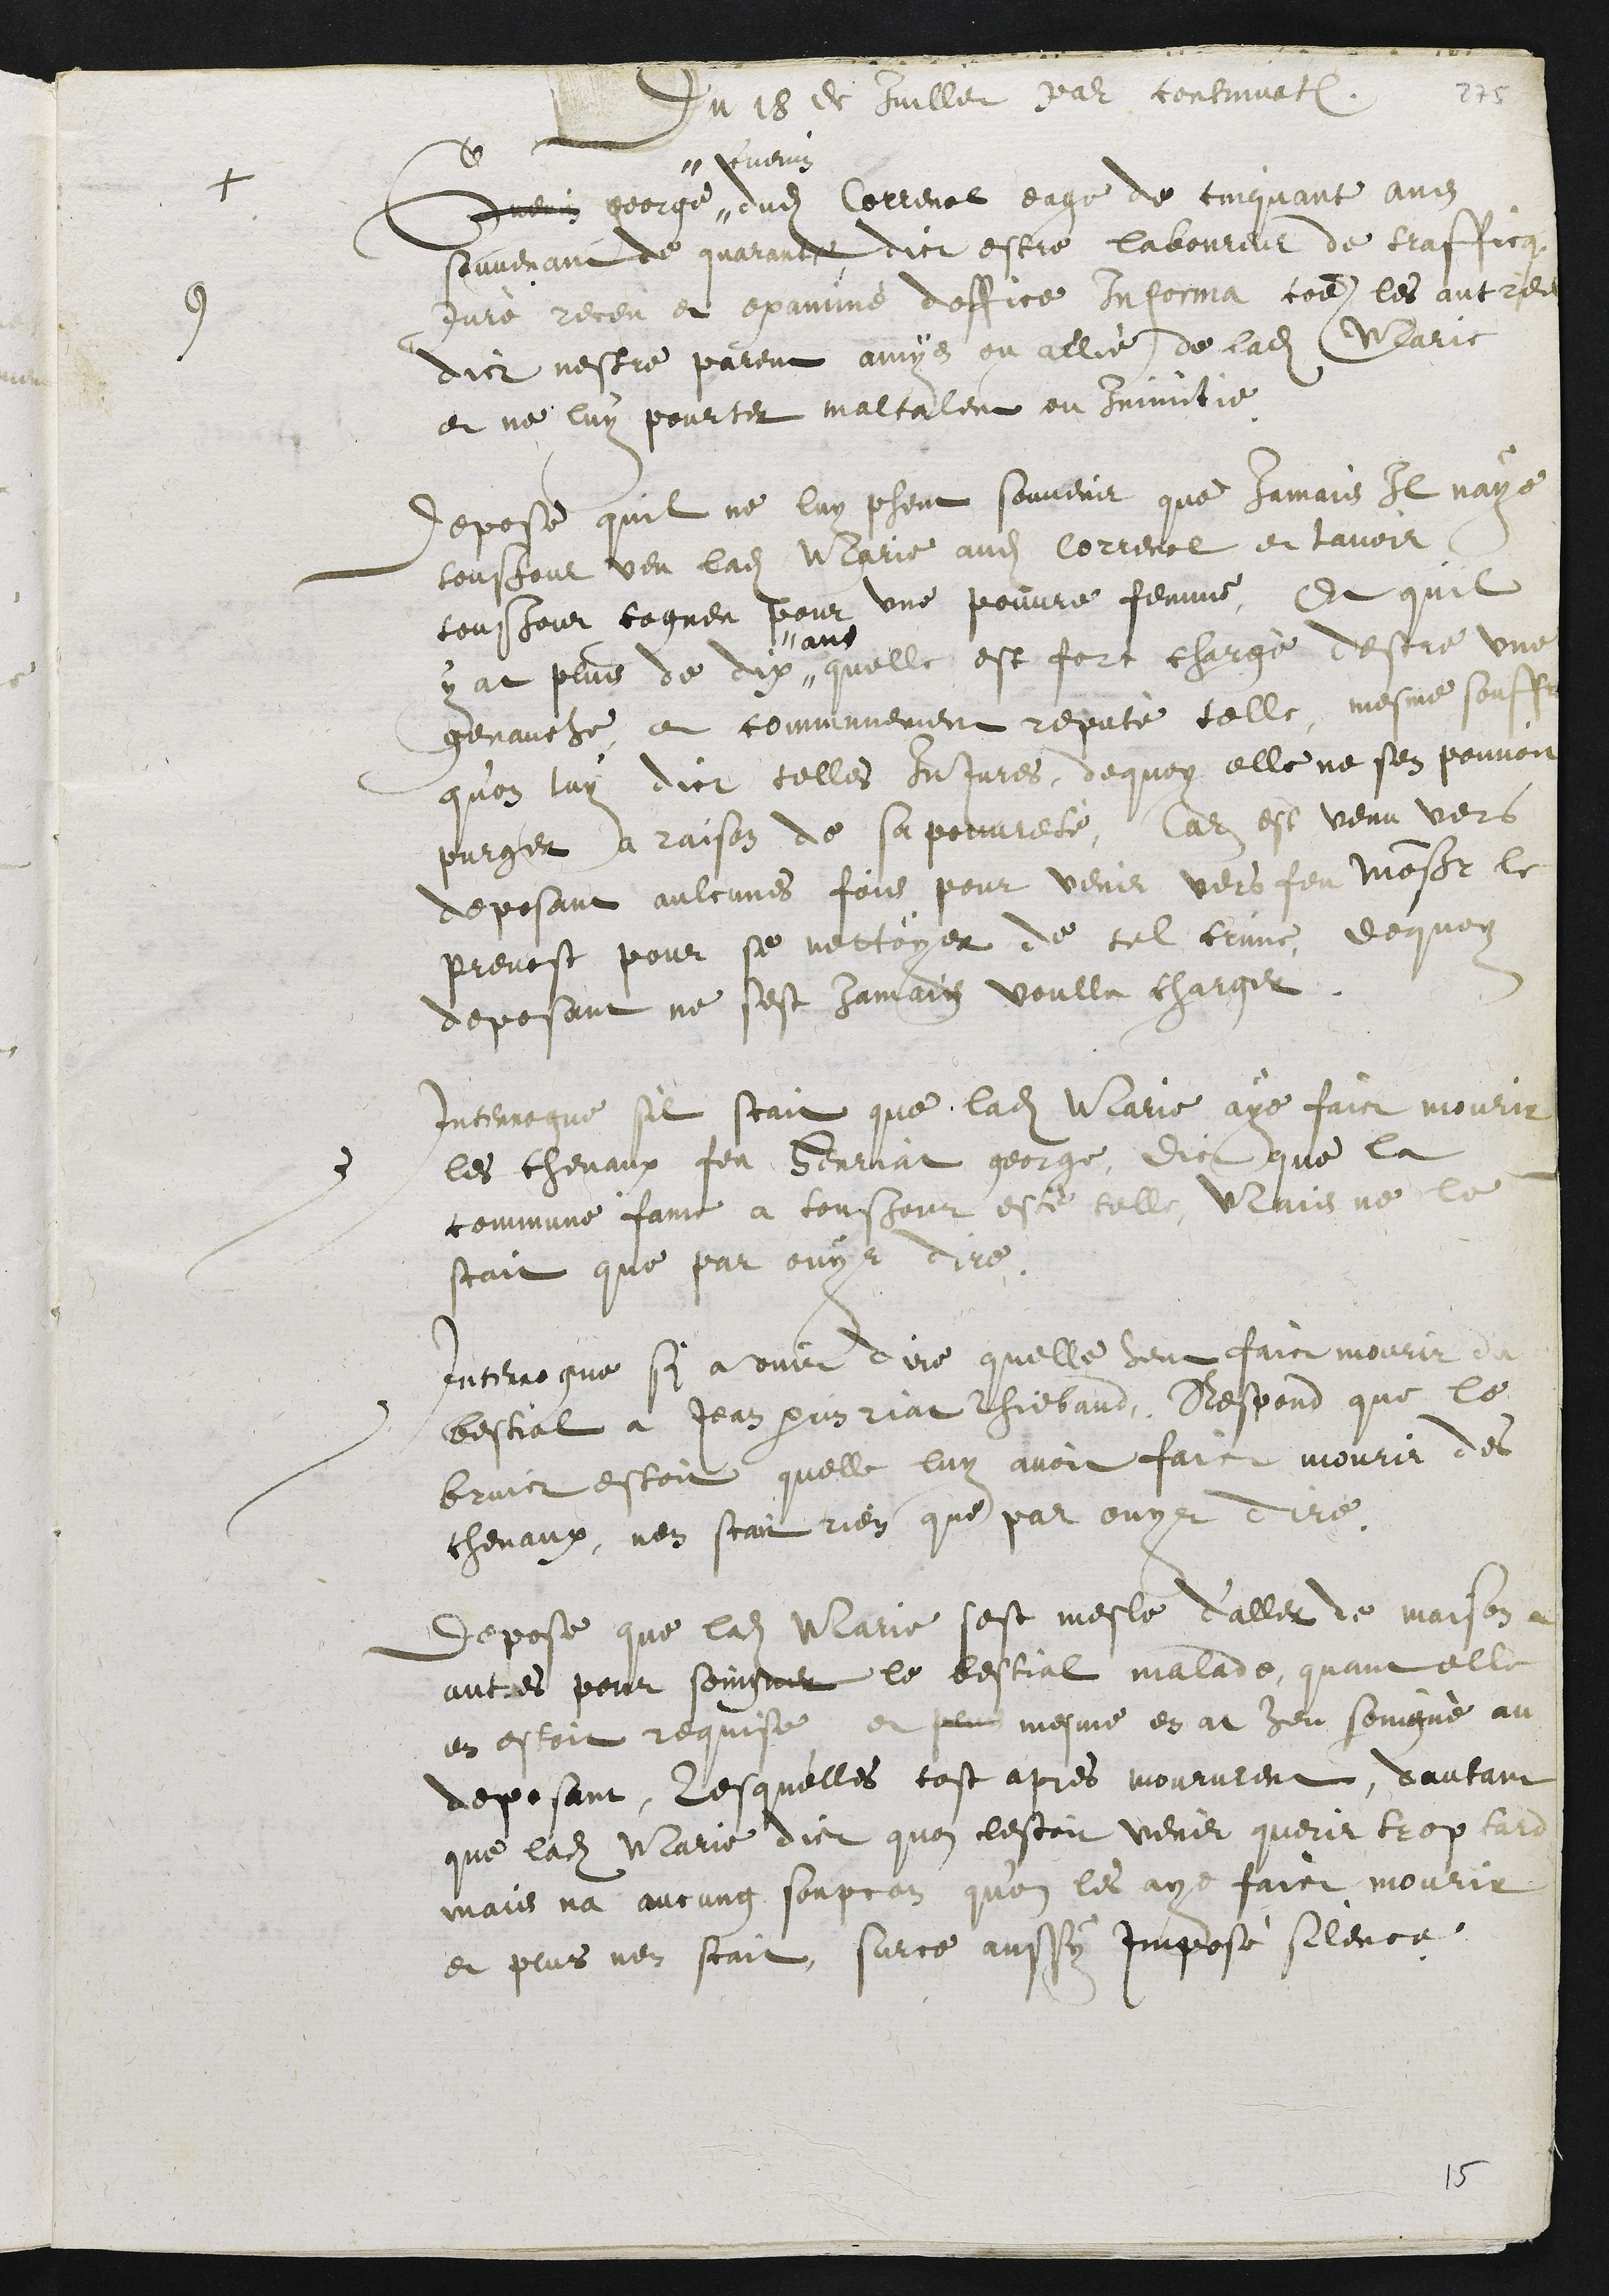
Du 18 de Juillet par continuation
+
9 Guenin george"
"Cuenin
dudit Correnol eage de cinquante ans
souvenant de quarante, dict estre laboureur de trafficque
jurè receu et examiné doffice Informa comme les autres
9
dict nestre parent amys ou allié de ladite Marie
et ne luy pourter maltalent ou Inimitie.
Depose quil ne luy pheut souvenir que jamais Il naye
tousjour veu ladite Marie audit Correnol et lavoir
tousjour cogneu pour une pouvre femme, Et quil
y at plus de dix"
"ans
quelle est fort chargè destre une
genauche, et communement reputè telle, mesme souffr
qu’on luy dict telles Injures, dequoy elle ne sen pouvoit
purger a raison de sa pouvreté, Car est venu vers
deposant aulcunes fois pour venir vers feu Monseigneur le
prevost pour se nettoyer de tel crime, dequoy
deposant ne sest jamais voullu charger.
Interrogue sil scait que ladite Marie aye faict mourir
les chevaux feu Henriat george, dict que la
commune fame a tousjour esté telle, Mais ne le
scait que par ouyr dire.
Interrogue si a ouir dire quelle heut faict mourir du
bestial a Jean perrin riat thiebaud, Respond que le
bruict estoit quelle luy avoit faict mourir des
chevaux, nen scait rien que par ouyr dire.
Depose que ladite Marie sest mesle d’aller de maison a
autres pour soingner le bestial malade, quant elle
en estoit requise et plus mesme en at heu soingné au
deposant, lesquelles tost apres moururent, dautant
que ladite Marie dict que lestoit venir querir trop tard
mais na aucung soupcon qu’on les aye faict mourir
et plus nen scait, surce aussy imposé silence